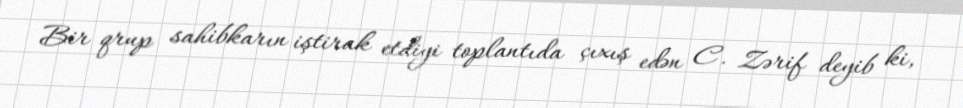
Bir qrup sahibkarın iştirak etdiyi toplantıda çıxış edən C. Zərif deyib ki,